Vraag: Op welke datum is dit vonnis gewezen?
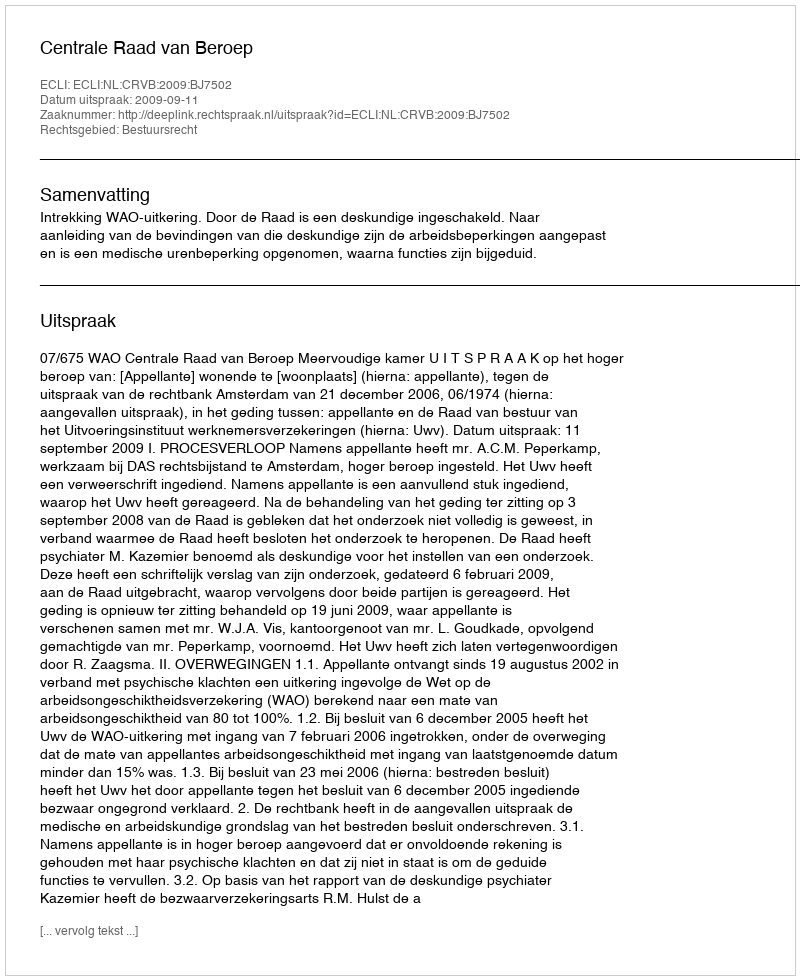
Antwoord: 2009-09-11